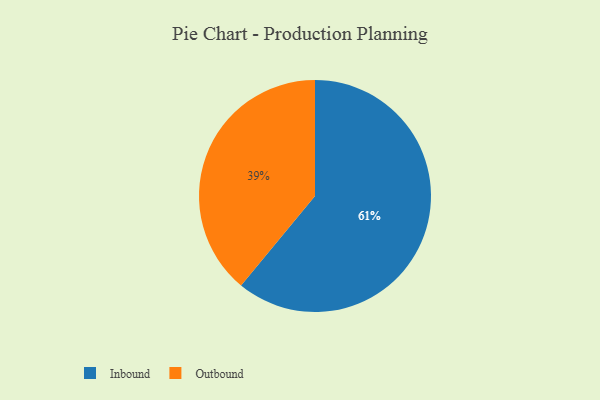
{"axis": {"x": "Category", "y": "Percentage"}, "legend": ["Inbound", "Outbound"], "data": [{"x": "Inbound", "y": 61, "type": "Inbound"}, {"x": "Outbound", "y": 39, "type": "Outbound"}]}